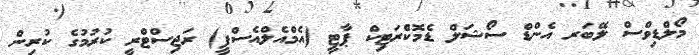
މޯލްޑިވްސް ލޭބަރ އެންޑް ސޯޝަލް ޑެމޮކްެރަޓިކް ޕާޓީ (އެމްއެލްއެސްޕީ) ރަޖިސްޓްރީ ކުރުމުގެ ކުރިން